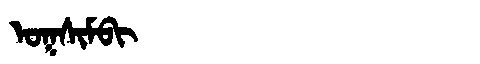
Manchu: ᠣᡴᠰᡳᠮᠪᡳ
Romanization: OKSIMBI